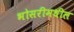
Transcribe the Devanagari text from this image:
भोसरीमधील